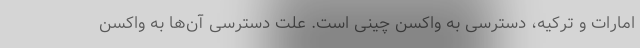
امارات و ترکیه، دسترسی به واکسن چینی است. علت دسترسی آن‌ها به واکسن